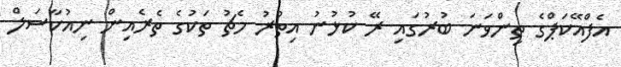
އެފްއޭކަޕްގެ ތިންވަނަ ބުރުގައި ރޭ ކުޅުނު އިތުރު މެޗު ތަކުގެ ތެރެއިން ނިއުކާސަލް